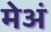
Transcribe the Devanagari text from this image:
मेअं